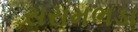
સરામભડા